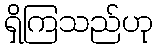
ရှိကြသည်ဟု